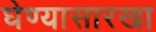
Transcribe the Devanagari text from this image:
घेण्यासारखा